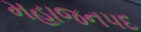
મહાજનપદ